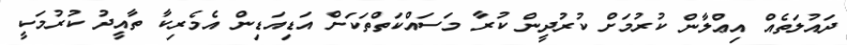
ދައުލަތެއް އިޢްލާން ކުރުމަށް ކުރުދީން ކުރާ މަސައްކަތްތަކަށް އަޑިއަޑިން އެމެރިކާ ތާއީދު ކުރުމަކީ